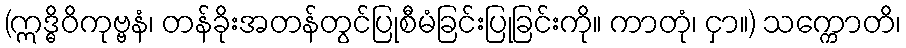
(ဣဒ္ဓိဝိကုဗ္ဗနံ၊ တန်ခိုးအတန်တွင်ပြုစီမံခြင်းပြုခြင်းကို။ ကာတုံ၊ ငှာ။) သက္ကောတိ၊